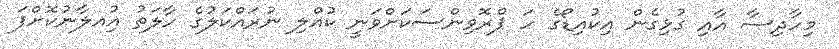
މިހާދިސާ އާއި ގުޅިގެން އިކުއިޑޯގެ ހަ ޕްރޮވިންސަކަށްވަނީ ކުއްލި ނުރައްކަލުގެ ހާލަތު އިުއލާނުކޮށްފަ